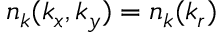
n _ { k } ( k _ { x } , k _ { y } ) = n _ { k } ( k _ { r } )